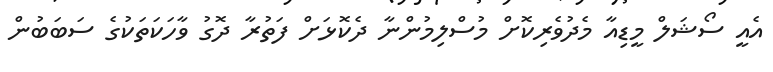
އެއީ ސޯޝަލް މީޑިއާ މެދުވެރިކޮށް މުސްލިމުންނާ ދެކޮޅަށް ފަތުރާ ދޮގު ވާހަކަތަކުގެ ސަބަބުން